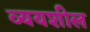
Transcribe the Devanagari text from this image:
व्ययशील